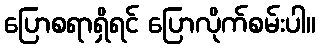
ပြောစရာရှိရင် ပြောလိုက်စမ်းပါ။